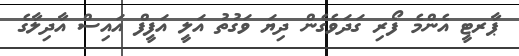
ޕާރޓީ އެންމެ ފޯރި ގަދަވެގެން ދިޔަ ވަގުތު އަލީ އަފީފް އައިސް އާދިލާގެ